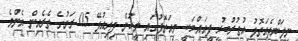
ނިލަންދެއަތޮޅު އުތުރުބުރީ ފީއައްޔަކީ މިއަތޮޅުގައި މީހުން ދިރިއުޅޭ 05 ރަށުގެ ތެރެއިން އެންމެ